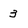
Character: 3